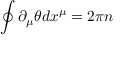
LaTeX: \oint \partial _ { \mu } \theta d x ^ { \mu } = 2 \pi n